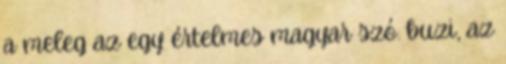
a meleg az egy értelmes magyar szó. buzi, az